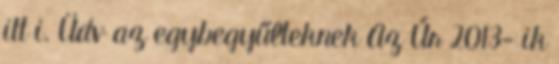
itt i. Üdv az egybegyűlteknek Az Úr 2013- ik